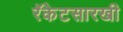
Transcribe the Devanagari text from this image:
रॅकेटसारखी